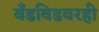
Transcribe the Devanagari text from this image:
बँडविडवरही